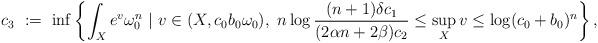
LaTeX: \begin{align*}c_3\ : = \ \inf\left\{\int_Xe^v\omega_0^n \ | \ v\in (X,c_0b_0\omega_0), \ n\log\frac{(n+1)\delta c_{1}}{(2\alpha n+2\beta)c_{2}}\le\sup_Xv\le\log(c_0+b_0)^n\right\}, \end{align*}